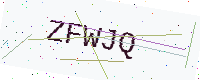
Text: ZFWJQ